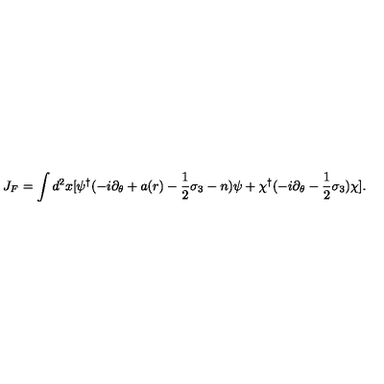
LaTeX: J _ { F } = \int d ^ { 2 } x [ \psi ^ { \dagger } ( - i \partial _ { \theta } + a ( r ) - { \frac { 1 } { 2 } } \sigma _ { 3 } - n ) \psi + \chi ^ { \dagger } ( - i \partial _ { \theta } - { \frac { 1 } { 2 } } \sigma _ { 3 } ) \chi ] .